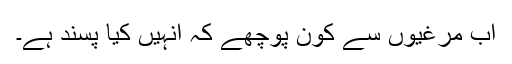
اب مرغیوں سے کون پوچھے کہ انہیں کیا پسند ہے۔